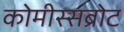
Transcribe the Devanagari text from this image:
कोमीस्सब्रोट